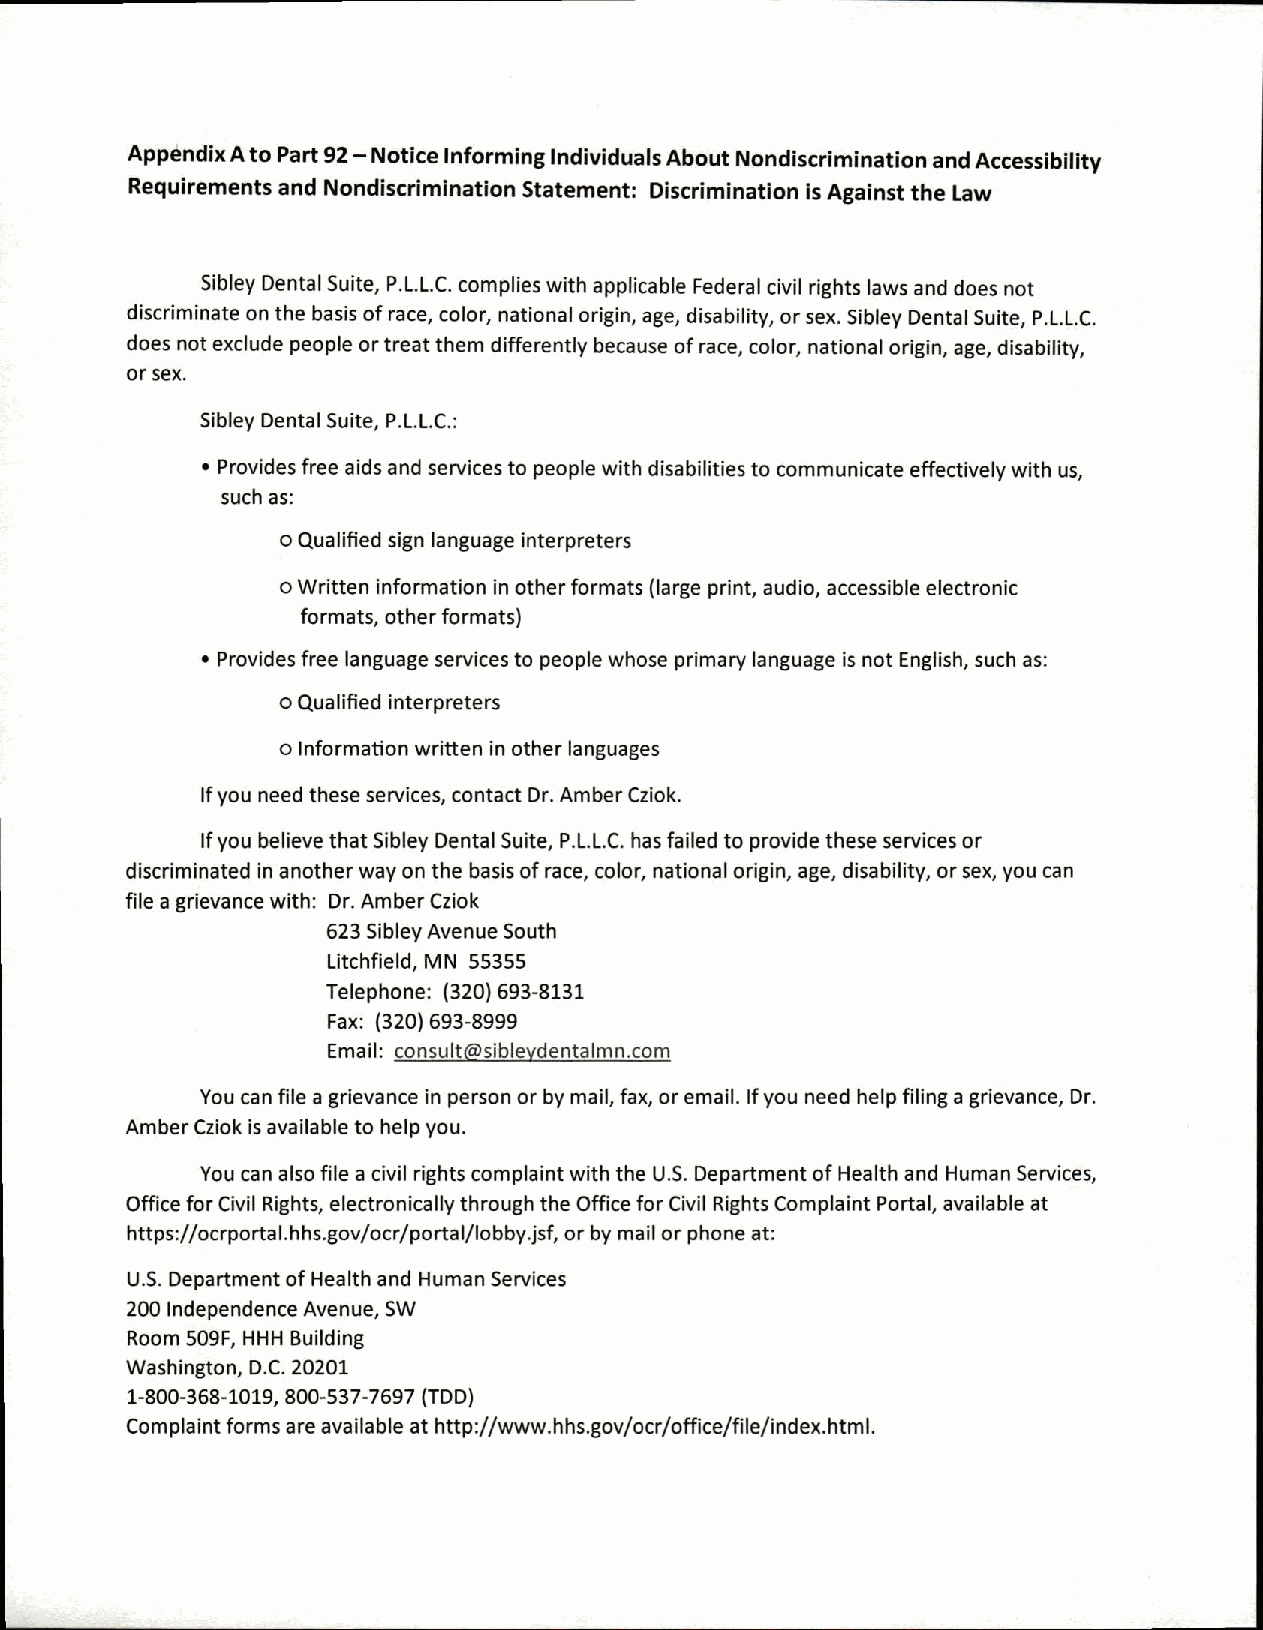
Appendix A to Part 92 — Notice Informing Individuals About Nondiscrimination and Accessibility
 Requirements and Nondiscrimination Statement: Discrimination is Against the Law
 Sibley Dental Suite, P.L.L.C. complies with applicable Federal civil rights laws and does not
 discriminate on the basis of race, color, national origin, age, disability, or sex. Sibley Dental Suite, P.L.L.C.
 does not exclude people or treat them differently because of race, color, national origin, age, disability,
 or sex.
 Sibley Dental Suite, P.L.L.C.:
 • Provides free aids and services to people with disabilities to communicate effectively with us,
 such as:
 o Qualified sign language interpreters
 o Written information in other formats (large print, audio, accessible electronic
 formats, other formats)
 • Provides free language services to people whose primary language is not English, such as:
 o Qualified interpreters
 o Information written in other languages
 If you need these services, contact Dr. Amber Cziok.
 If you believe that Sibley Dental Suite, P.L.L.C. has failed to provide these services or
 discriminated in another way on the basis of race, color, national origin, age, disability, or sex, you can
 file a grievance with: Dr. Amber Cziok
 623 Sibley Avenue South
 Litchfield, MN 55355
 Telephone: (320) 693-8131
 Fax: (320) 693-8999
 Email: consult@sibleydentalmn.com
 You can file a grievance in person or by mail, fax, or email. If you need help filing a grievance, Dr.
 Amber Cziok is available to help you.
 You can also file a civil rights complaint with the U.S. Department of Health and Human Services,
 Office for Civil Rights, electronically through the Office for Civil Rights Complaint Portal, available at
 https://ocrportal.hhs.gov/ocr/portal/lobby.jsf, or by mail or phone at:
 U.S. Department of Health and Human Services
 200 Independence Avenue, SW
 Room 509F, HHH Building
 Washington, D.C. 20201
 1-800-368-1019, 800-537-7697 (TDD)
 Complaint forms are available at http://www.hhs.gov/ocr/office/file/index.html.